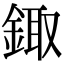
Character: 鋷